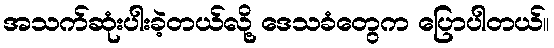
အသက်ဆုံးပါးခဲ့တယ်လို့ ဒေသခံတွေက ပြောပါတယ်။